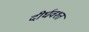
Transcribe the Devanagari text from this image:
दीर्घवश्त